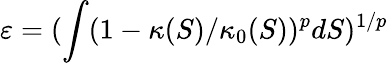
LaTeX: \varepsilon=(\int(1-\kappa(S)/\kappa_{0}(S))^{p}dS)^{1/p}